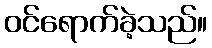
ဝင်ရောက်ခဲ့သည်။